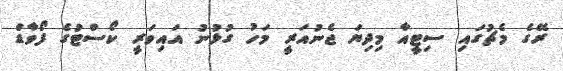
ރޭގެ މެޗުގައި ސިޓީއާ މިދިޔަ ޖެނުއަރީ މަހު ގުޅުނު އައިވަރީ ކޯސްޓުގެ ފޯވާޑް